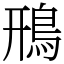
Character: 鳽